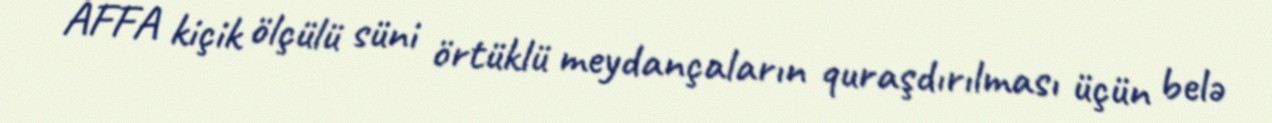
AFFA kiçik ölçülü süni örtüklü meydançaların quraşdırılması üçün belə